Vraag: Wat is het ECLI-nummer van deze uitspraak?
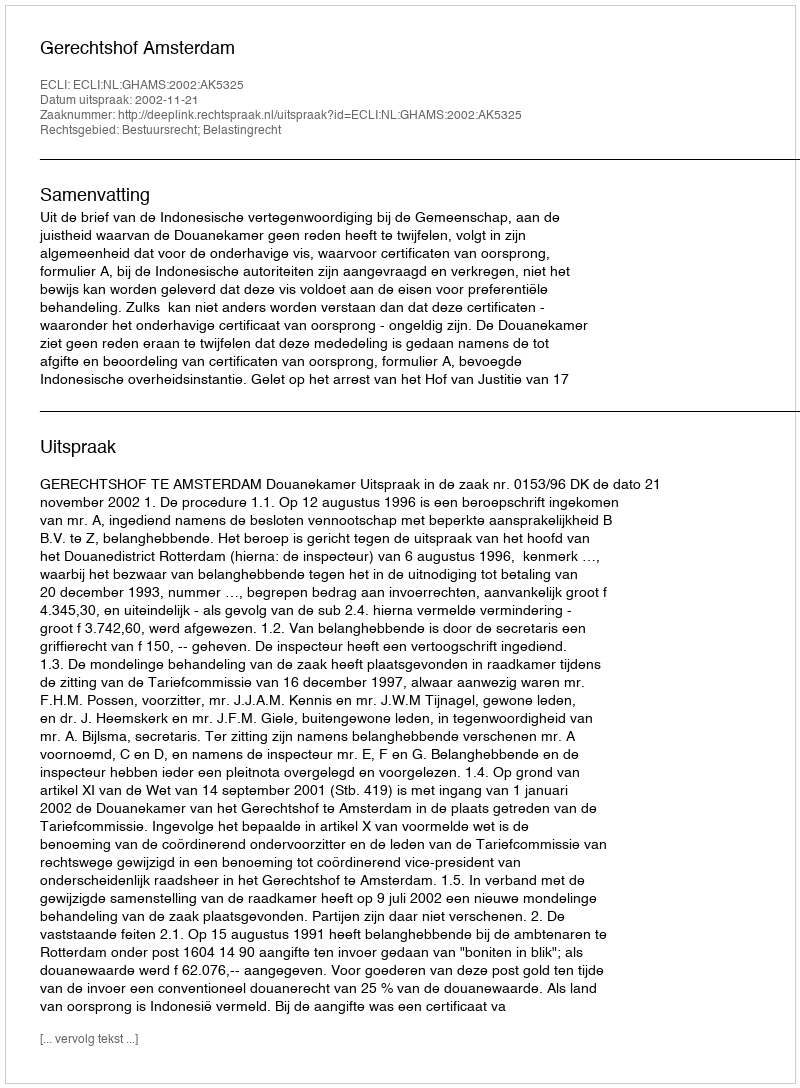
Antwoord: ECLI:NL:GHAMS:2002:AK5325